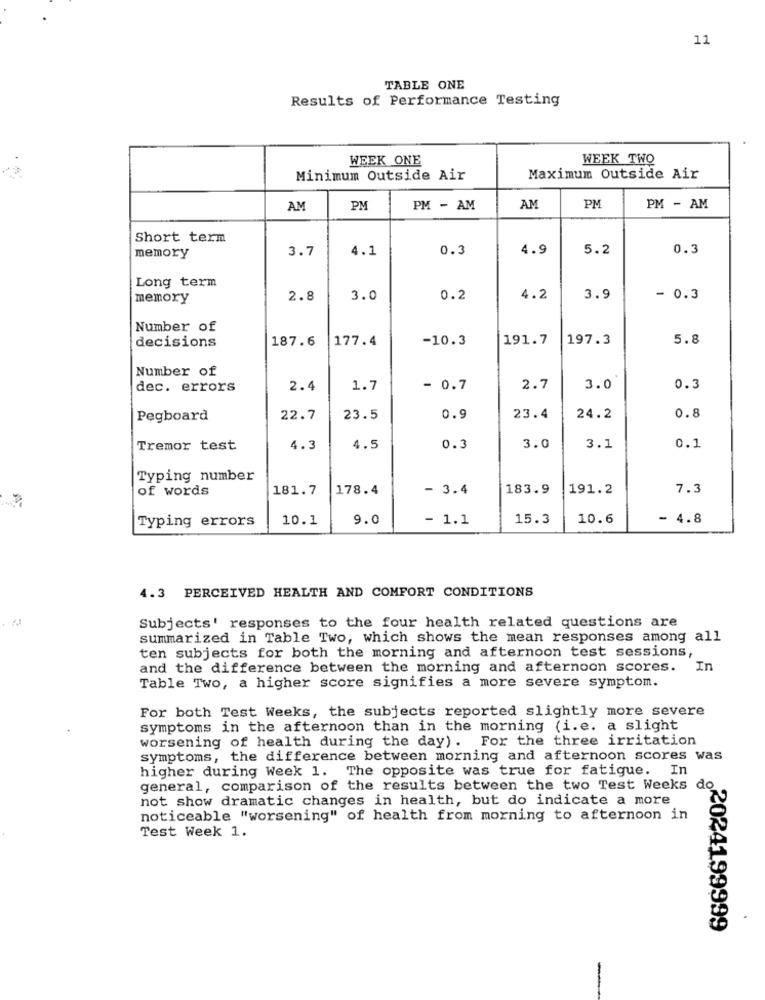
11
TABLE ONE
Results of Performance Testing
WEEK ONE
WEEK TWO
Minimum Outside Air
Maximum Outside Air
PM
AM
PM
PM - AM
AM
PM - AM
Short term
3.7
4.1
0.3
4.9
5.2
0.3
memory
Long term
memory
2.8
3.0
0.2
4.2
3.9
- 0.3
Number of
decisions
187.6
177.4
-10.3
191.7
197.3
5.8
Number of
dec. errors
2.4
1.7
- 0.7
2.7
3.0
0.3
Pegboard
22.7
23.5
0.9
23.4
24.2
0.8
Tremor test
4.3
4.5
0.3
3.0
3.1
0.1
Typing number
of words
181.7
178.4
- 3.4
183.9
191.2
7.3
Typing errors
10.1
9.0
- 1.1
15.3
10.6
- 4.8
4.3 PERCEIVED HEALTH AND COMFORT CONDITIONS
Subjects' responses to the four health related questions are
summarized in Table Two, which shows the mean responses among all
ten subjects for both the morning and afternoon test sessions,
and the difference between the morning and afternoon scores. In
Table Two, a higher score signifies a more severe symptom.
For both Test Weeks, the subjects reported slightly more severe
symptoms in the afternoon than in the morning (i.e. a slight
worsening of health during the day). For the three irritation
symptoms, the difference between morning and afternoon scores was
higher during Week 1. The opposite was true for fatigue. In
general, comparison of the results between the two Test Weeks do
not show dramatic changes in health, but do indicate a more
noticeable "worsening" of health from morning to afternoon in
Test Week 1.
2024199999